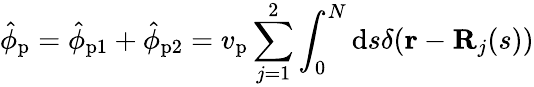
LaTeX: \hat{\phi}_{\mathrm{p}}=\hat{\phi}_{\mathrm{p1}}+\hat{\phi}_{\mathrm{p2}}=v_{\mathrm{p}}\sum_{j=1}^{2}\int_{0}^{N}\mathrm{d}s\delta(\mathbf{r}-\mathbf{R}_{j}(s))